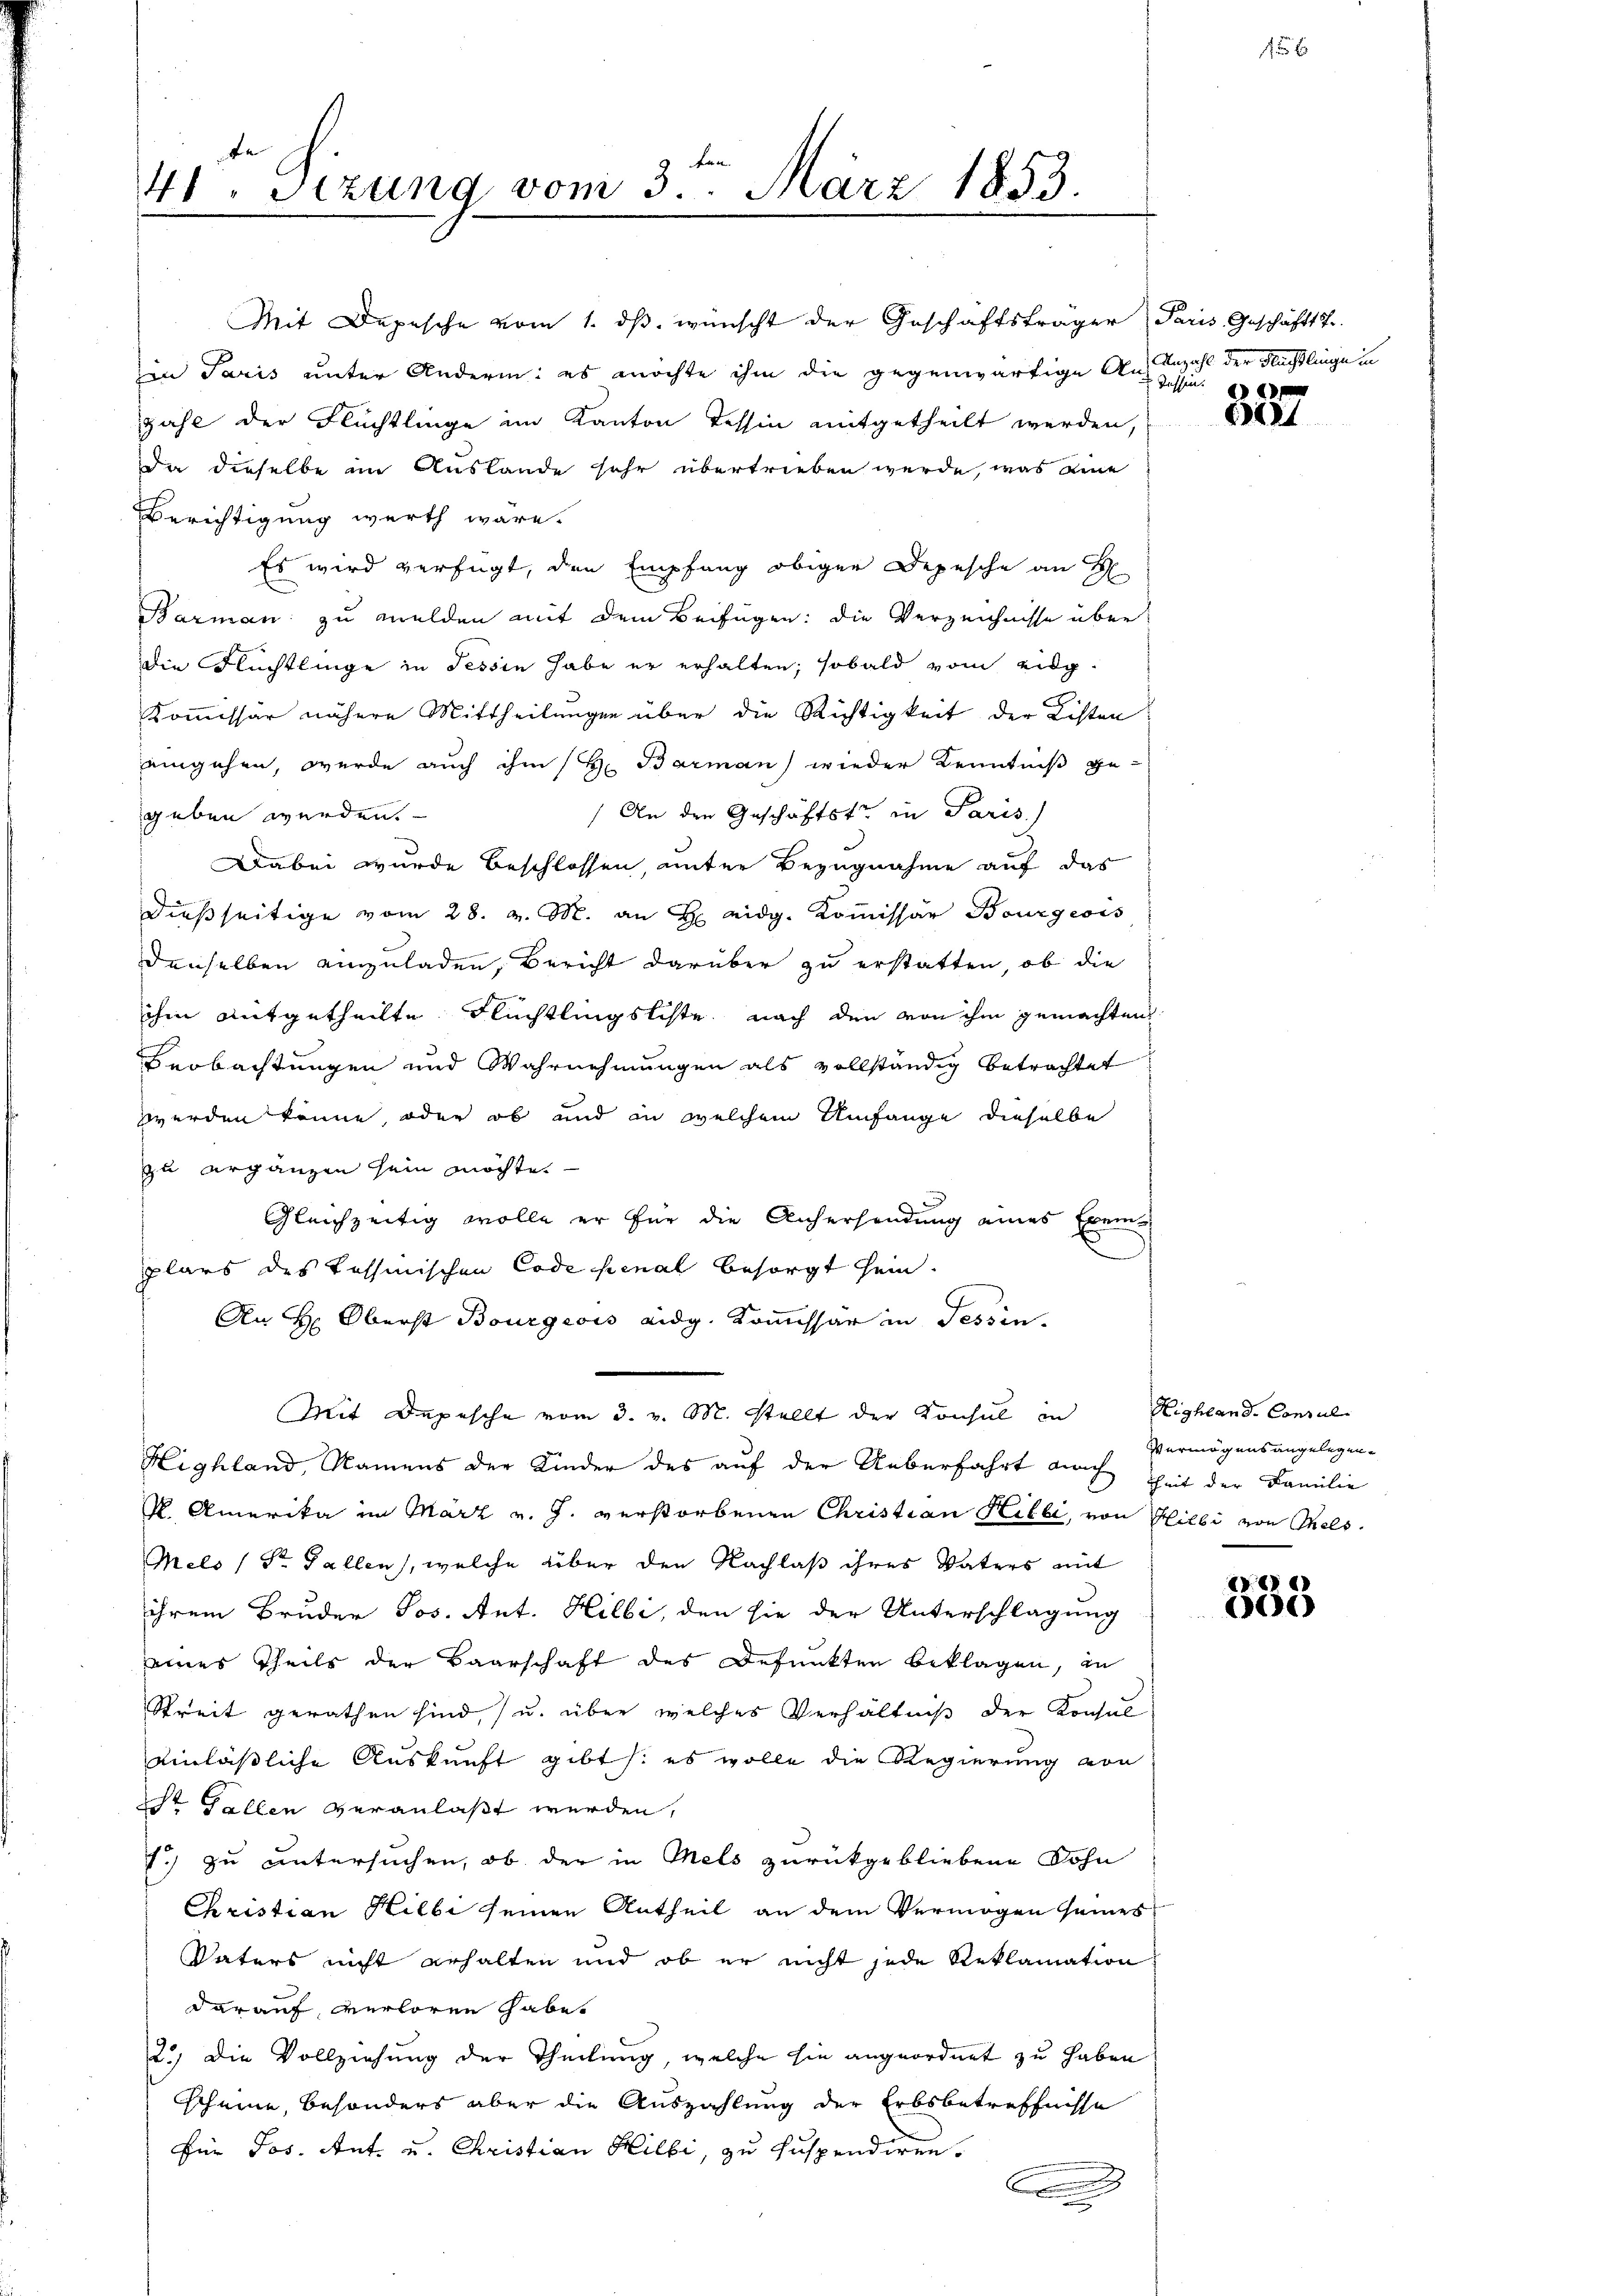
41. Sezung von 3. März 1853.
.

in Paris unter Andern es möchte ihm die gegenwärtige Anzei
zahl der Flüchtlinge im Kanton Tessin mitgetheilt werden,
da dieselbe im Auslande sehr übertrieben werde, was eine
Berichtigung werth wäre.
Es wird verfügt, den Empfang obiger Depesche an H
Barman zu melden mit dem Beifügen: die Verzeichnisse über
die Flüchtlinge in Tessin habe er erhalten; sobald vom eidg.
Kommissär nähere Mittheilungen über die Richtigkeit der Listen
eingehen, werde auch ihm (H. Barman) wieder Kenntniß ge¬
An den Geschäftste in Paris
geben werden.
Dabei wurde beschlossen, unter Bezugnahme auf das
dießseitige vom 28. v. M. an H eidg. Kommissar Bourgeois
denselben einzuladen, Bericht darüber zu erstatten, ob die
ihm mitgetheilte Flüchtlingsliste nach den von ihm gemachten
Beobachtungen und Wahrnehmungen als vollständig betrachtet
werden könne, oder ob und in welchem Umfange dieselbe
zu ergänzen sein möchte.
Gleichzeitig wolle er für die Aufersendung eines Exemplars des Tessinischen Code penal besorgt sein.
An H. Oberst Bourgeois eidg. Kommissär in Tessin.
Mit Depesche vom 3. v. M. stellt der Konsul in Highland. Consul-
Highland, Namens der Kinder des auf der Ueberfahrt noch theit der Familie
M. Amerika im März v. J. verstorbenen Christian Hilli, von Hilli von Thels
Mels (Str. Gallen, welche über den Nachlaß ihres Vaters mit
ihrem Bruder Jos. Ant. Hilbi, den sie der Unterschlagung
eines Theils der Baarschaft des Befunkten beklagen, in
Streit gerathen sind, u. über welches Verhältniß der Konsus
einläßliche Auskunft gibt: es wolle die Regierung von
Sr Fallen veranlaßt werden,
7.) zu untersuchen, ob der in Mels zurückgebliebene Sohn
Christian Hilbe seinen Antheil an dem Vermögen seines
Vaters nicht erhalten und ob er nicht jede Reklamation
darauf, verloren habe.
2.) Die Vollziehung der Theilung, welche sie angeordnet zu haben
scheine, besonders aber die Auszahlung der Erbsbetreffnisse
Für Jos. Ant. u. Christian Hilbi, zu suspendiren.
e

Mit Depesche vom 1. dβ. wünscht der Geschäftsträger Paris Geschäftstr.

Anzahl der Nachtlinge in

621

Vermögensangelegen¬

8888
)